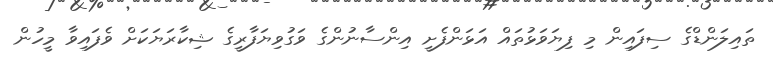
ތައިލަންޑްގެ ސިފައިން މި ފިޔަވަޅުތައް އަޅަންފެށީ އިންސާނުންގެ ވަގުވިޔަފާރީގެ ޝިކާރަޔަކަށް ވެފައިވާ މީހުން